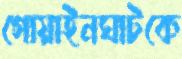
গোয়াইনঘাটকে